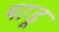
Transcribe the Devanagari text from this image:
थाडू